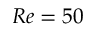
R e = 5 0